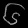
Digit: ၆